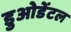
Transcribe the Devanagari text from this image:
डुओडेंटल